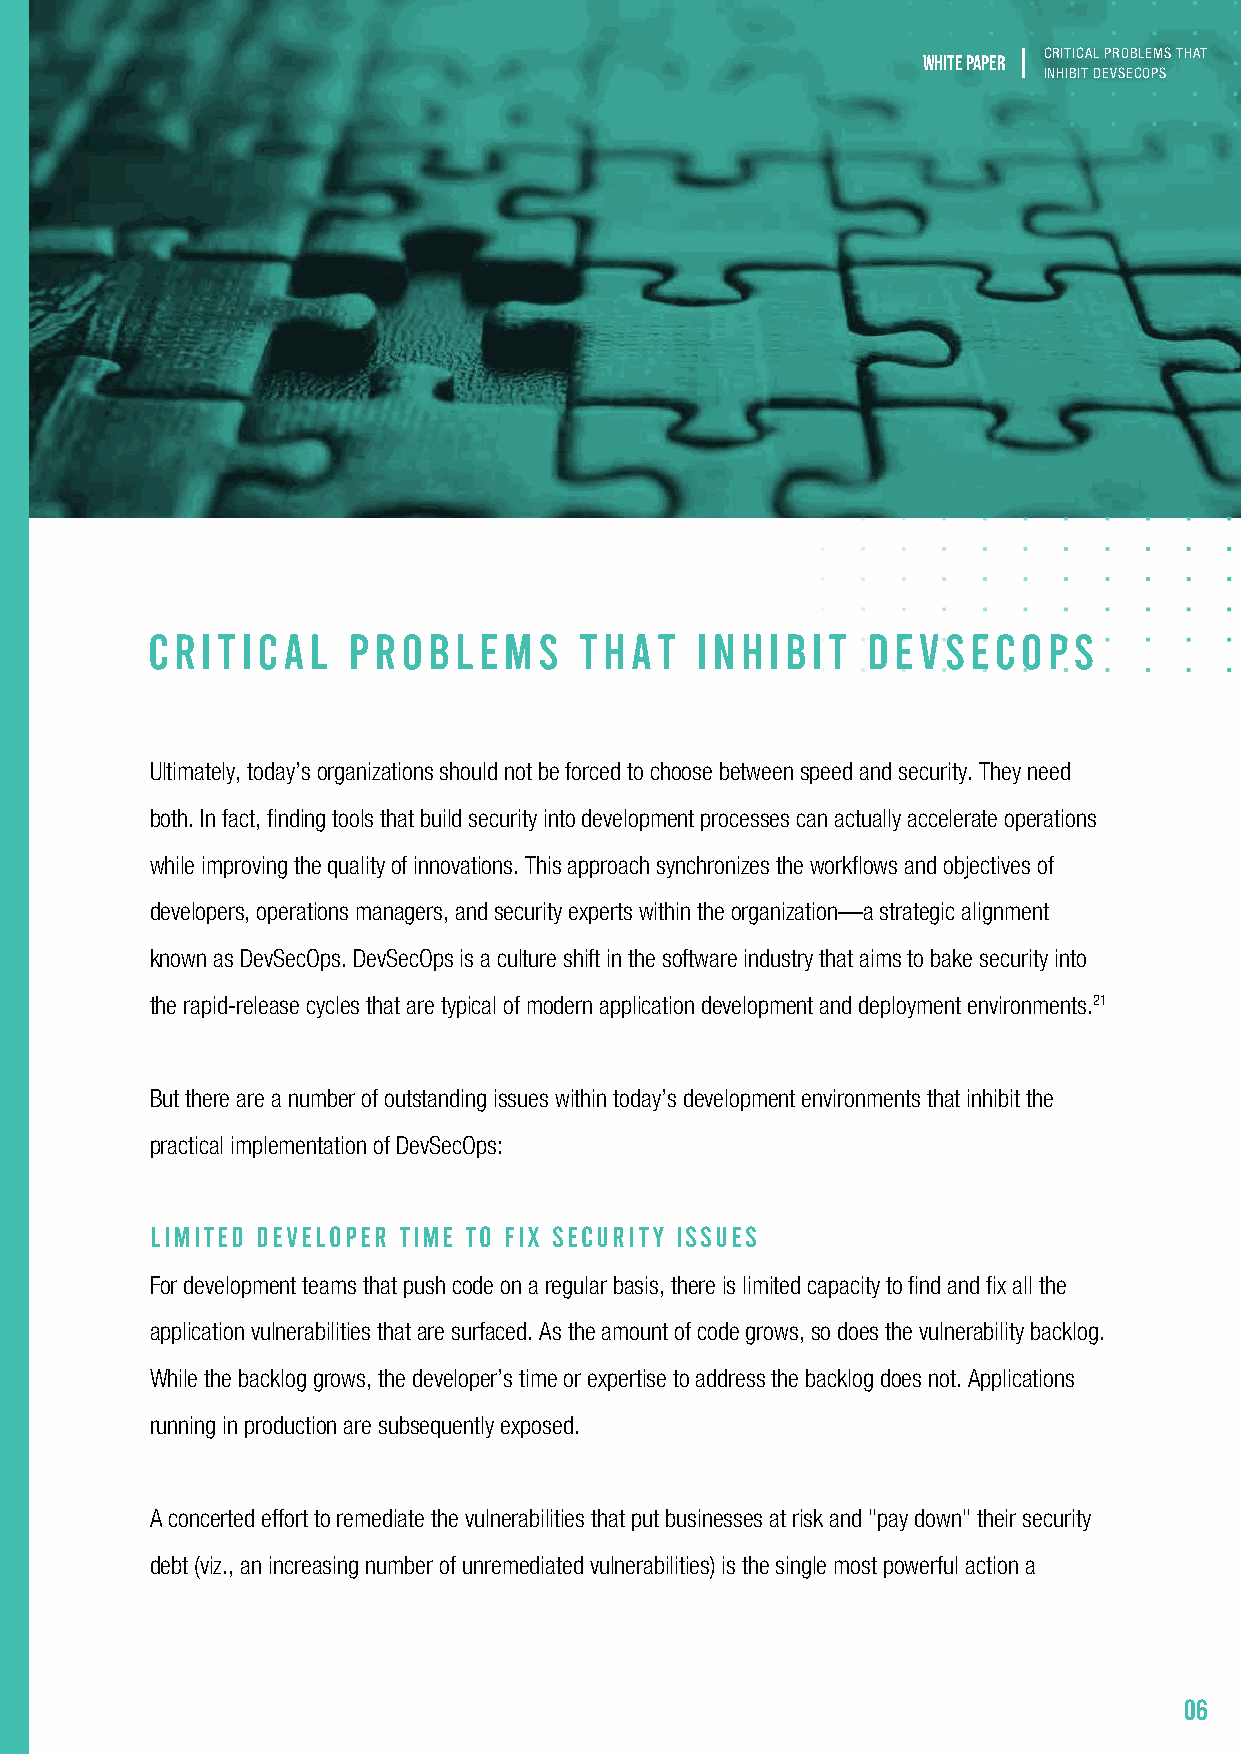
CRITICAL PROBLEMS THAT
 white paper
 INHIBIT DEVSECOPS
 company can take to reduce the chance of a breach.22 Businesses with more security debt are falling
 farther behind and experience higher volumes of vulnerabilities—1.7x higher than for organizations with
 below-average security debt.23
 A key contributing factor is the poor accuracy of legacy application security solutions. As previously
 mentioned, outdated static scanning tools have low accuracy and yield a high number of false positives.
 Software composition analysis (SCA) tools are another example because they do not differentiate between
 vulnerabilities in inactive libraries and classes and those that are active. As a result, they return false
 positives when they identify a CVE that poses no risk. The false positivity rate is 23% for Java applications,
 13% for .NET applications, and 69% for Node applications.24 Under-resourced teams waste precious time
 manually analyzing these high volumes of false-positive alerts.
 CRITICAL     PROBLEMS       THAT    INHIBIT    DEVSECOPS
 Even when organizations invest in tools to address application security, software still ends up exposed to
 Ultimately, today’s organizations should not be forced to choose between speed and security. They need risks and teams end up with more work managing a disconnected infrastructure. Organizations today
 both. In fact, finding tools that build security into development processes can actually accelerate operations often rely on individual solutions for scanning open-source components (SCA) that include testing
 while improving the quality of innovations. This approach synchronizes the workflows and objectives of applications in development (SAST), dynamic application security testing (DAST), interactive application
 developers, operations managers, and security experts within the organization—a strategic alignment security testing (IAST), and protecting against attacks in production (web application firewalls [WAFs]).
 known as DevSecOps. DevSecOps is a culture shift in the software industry that aims to bake security into This “tool soup” complexity creates a steep learning curve and low actionability for teams. To make
 the rapid-release cycles that are typical of modern application development and deployment environments.21 matters worse, application security often doesn’t integrate with the various deployment, build, and test
 tools used in DevOps environments (e.g., ticketing, chat, containerization, continuous
 But there are a number of outstanding issues within today’s development environments that inhibit the integration/continuous deployment [CI/CD] pipelines).
 practical implementation of DevSecOps:
 LIMITED DEVELOPER TIME TO FIX SECURITY ISSUES
 For development teams that push code on a regular basis, there is limited capacity to find and fix all the
 application vulnerabilities that are surfaced. As the amount of code grows, so does the vulnerability backlog.
 While the backlog grows, the developer’s time or expertise to address the backlog does not. Applications
 running in production are subsequently exposed.
 A concerted effort to remediate the vulnerabilities that put businesses at risk and "pay down" their security
 debt (viz., an increasing number of unremediated vulnerabilities) is the single most powerful action a
 06